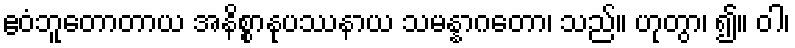
ဧဝံဘူတောတာယ အနိစ္စာနုပဿနာယ သမန္နာဂတော၊ သည်။ ဟုတွာ၊ ၍။ ဝါ၊